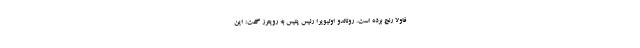
فاولا رنج برده است. رونالدو اولیویرا رئیس پلیس به رویترز گفت: این